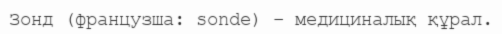
Зонд (французша: sonde) – медициналық құрал.